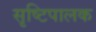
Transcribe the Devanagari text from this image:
सृष्टिपालक